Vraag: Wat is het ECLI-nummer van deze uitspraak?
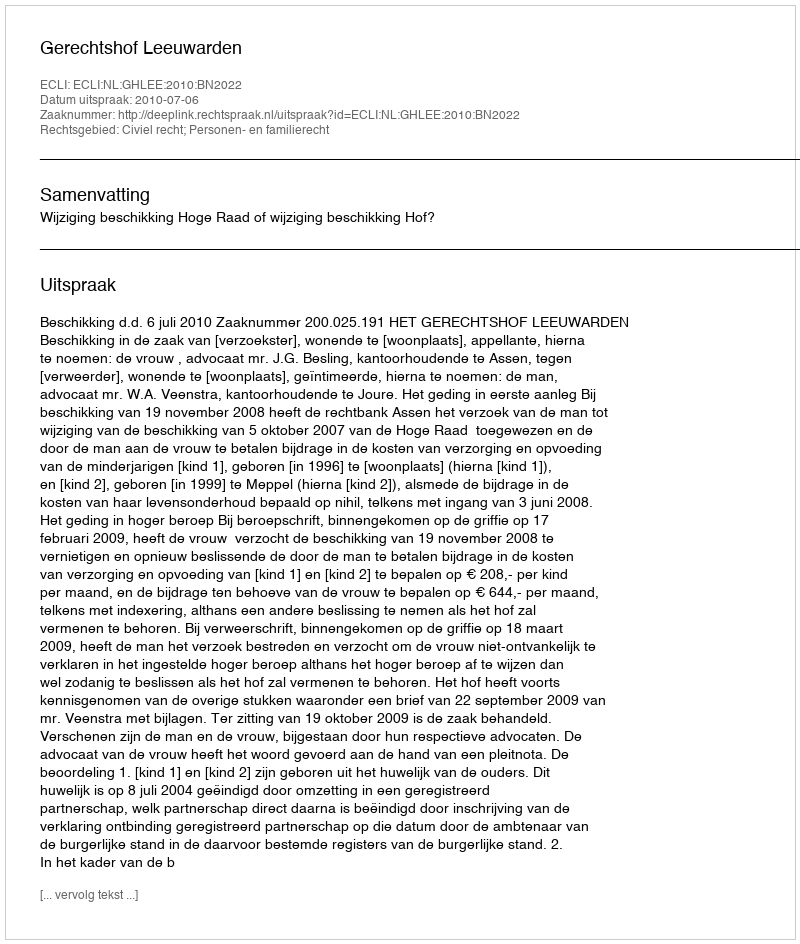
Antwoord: ECLI:NL:GHLEE:2010:BN2022